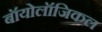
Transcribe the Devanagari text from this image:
बॉयोलॉजिकल